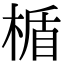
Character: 楯